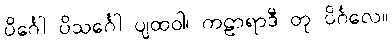
ပိင်္ဂေါ ပိသင်္ဂေါ ပျထဝါ၊ ကဠာရာဒီ တု ပိင်္ဂလေ။